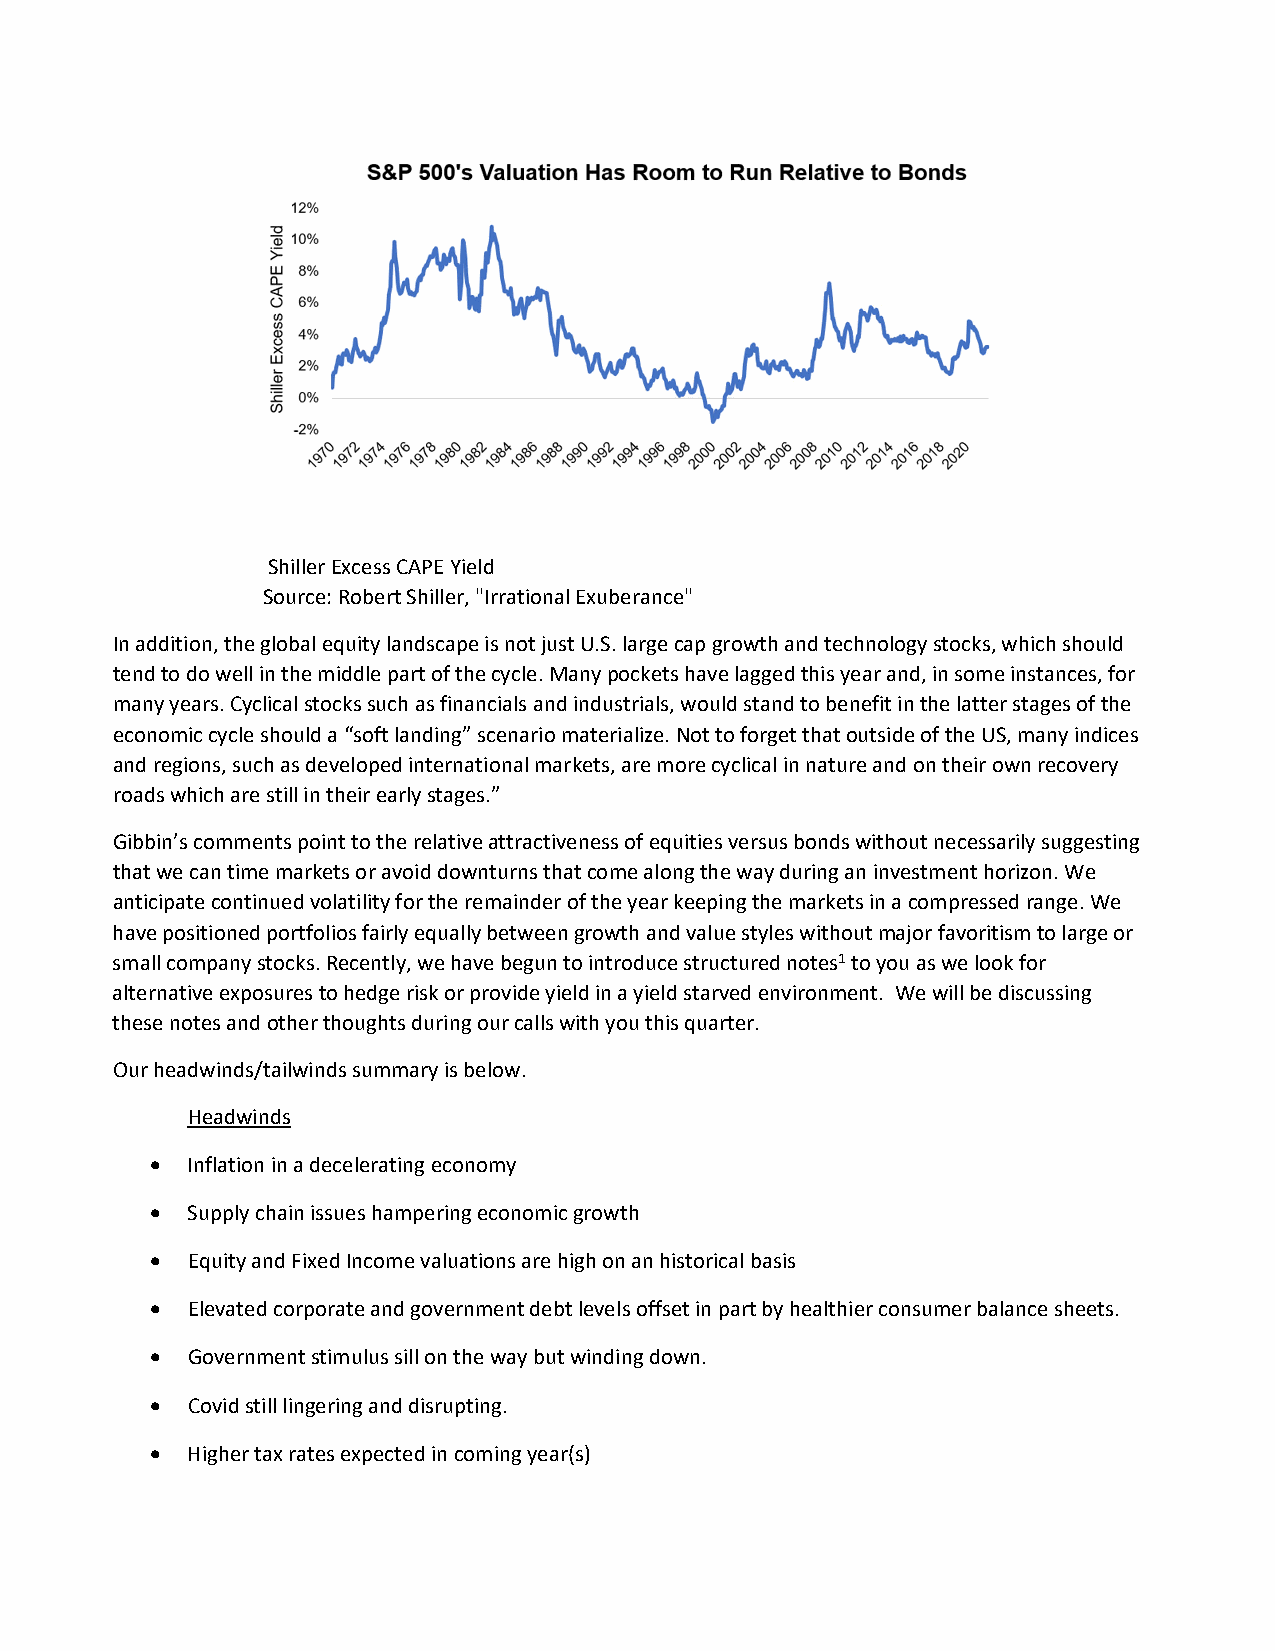
Shiller Excess CAPE Yield
 Source: Robert Shiller, "Irrational Exuberance"
 In addition, the global equity landscape is not just U.S. large cap growth and technology stocks, which should
 tend to do well in the middle part of the cycle. Many pockets have lagged this year and, in some instances, for
 many years. Cyclical stocks such as financials and industrials, would stand to benefit in the latter stages of the
 economic cycle should a “soft landing” scenario materialize. Not to forget that outside of the US, many indices
 and regions, such as developed international markets, are more cyclical in nature and on their own recovery
 roads which are still in their early stages.”
 Gibbin’s comments point to the relative attractiveness of equities versus bonds without necessarily suggesting
 that we can time markets or avoid downturns that come along the way during an investment horizon. We
 anticipate continued volatility for the remainder of the year keeping the markets in a compressed range. We
 have positioned portfolios fairly equally between growth and value styles without major favoritism to large or
 small company stocks. Recently, we have begun to introduce structured notes1 to you as we look for
 alternative exposures to hedge risk or provide yield in a yield starved environment. We will be discussing
 these notes and other thoughts during our calls with you this quarter.
 Our headwinds/tailwinds summary is below.
 Headwinds
  Inflation in a decelerating economy
  Supply chain issues hampering economic growth
  Equity and Fixed Income valuations are high on an historical basis
  Elevated corporate and government debt levels offset in part by healthier consumer balance sheets.
  Government stimulus sill on the way but winding down.
  Covid still lingering and disrupting.
  Higher tax rates expected in coming year(s)